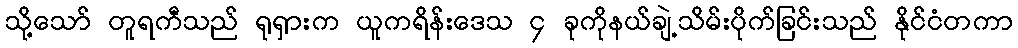
သို့သော် တူရကီသည် ရုရှားက ယူကရိန်းဒေသ ၄ ခုကိုနယ်ချဲ့သိမ်းပိုက်ခြင်းသည် နိုင်ငံတကာ